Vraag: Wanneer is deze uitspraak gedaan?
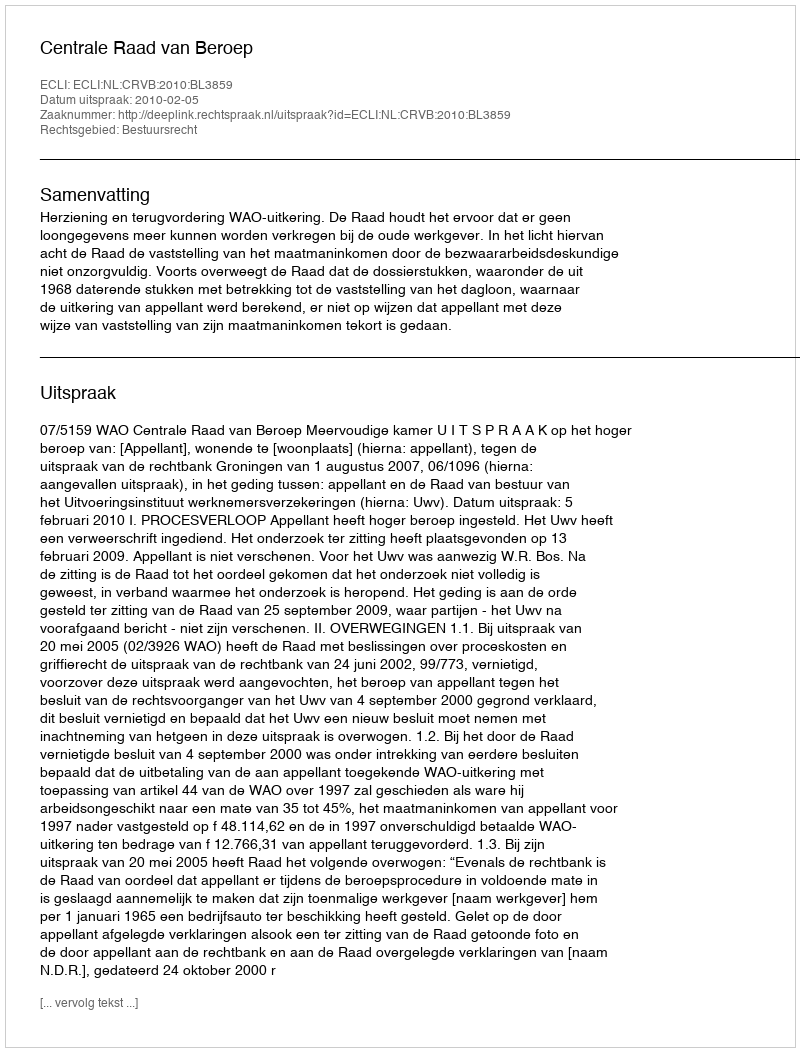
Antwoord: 2010-02-05